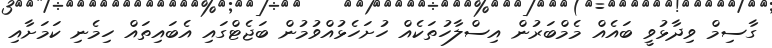
ގާސިމް ވިދާޅުވީ ބައެއް މެމްބަރުން އިސްލާހުތަކެއް ހުށަހެޅުއްވުމުން ބަޖެޓްގައި އެބައިތައް ހިމެނި ކަމަށާއި